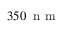
3 5 0 \: \mathrm { ~ n ~ m ~ }